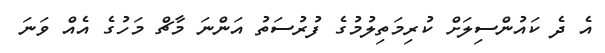
އެ ދެ ކައުންސިލަށް ކުރިމަތިލުމުގެ ފުރުސަތު އަންނަ މާޗް މަހުގެ އެއް ވަނަ